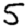
Digit: 5